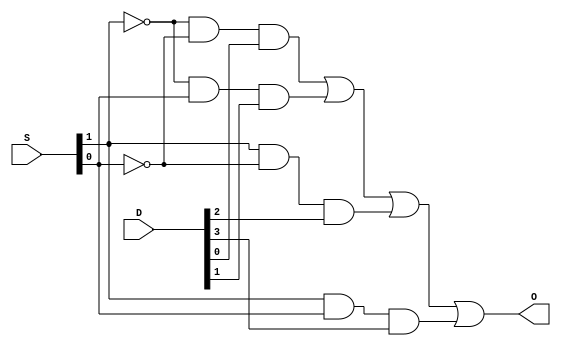
`timescale 1ns / 1ps

module MUX_gates(
input [3:0] D,
input [1:0] S,
output O
    );
    
assign O = ((~S[1])&(~S[0])&(D[0])) || ((~S[1])&S[0]&D[1]) || (S[1]&(~S[0])&D[2]) || (S[1]&S[0]&D[3]);
  
endmodule